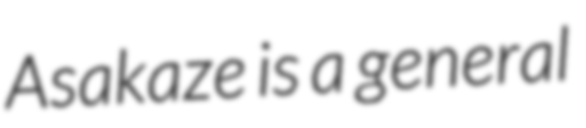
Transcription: Asakaze is a general